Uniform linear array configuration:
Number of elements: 32
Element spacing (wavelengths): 0.75
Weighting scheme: uniform
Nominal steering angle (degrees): -15
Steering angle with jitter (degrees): -15.92
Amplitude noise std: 0.05
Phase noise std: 0.05

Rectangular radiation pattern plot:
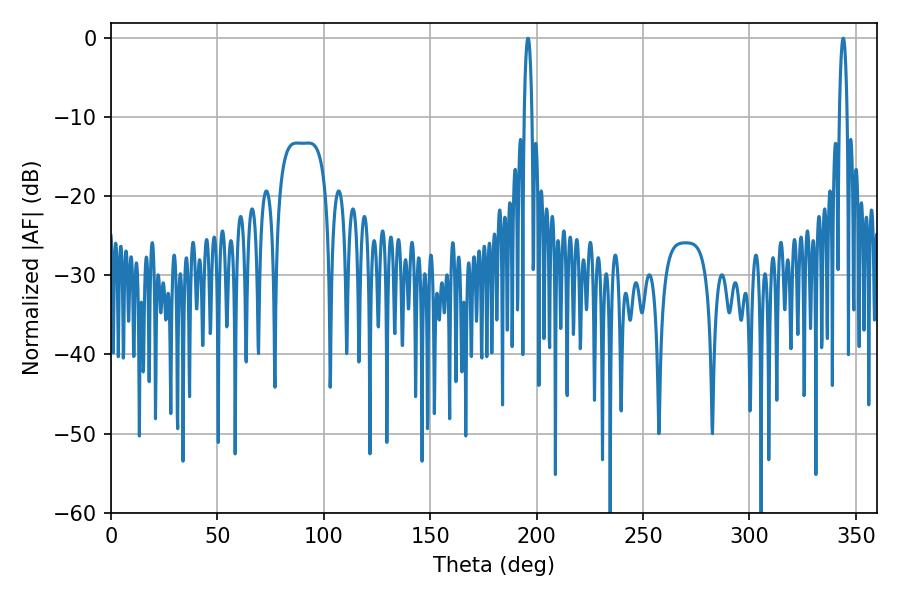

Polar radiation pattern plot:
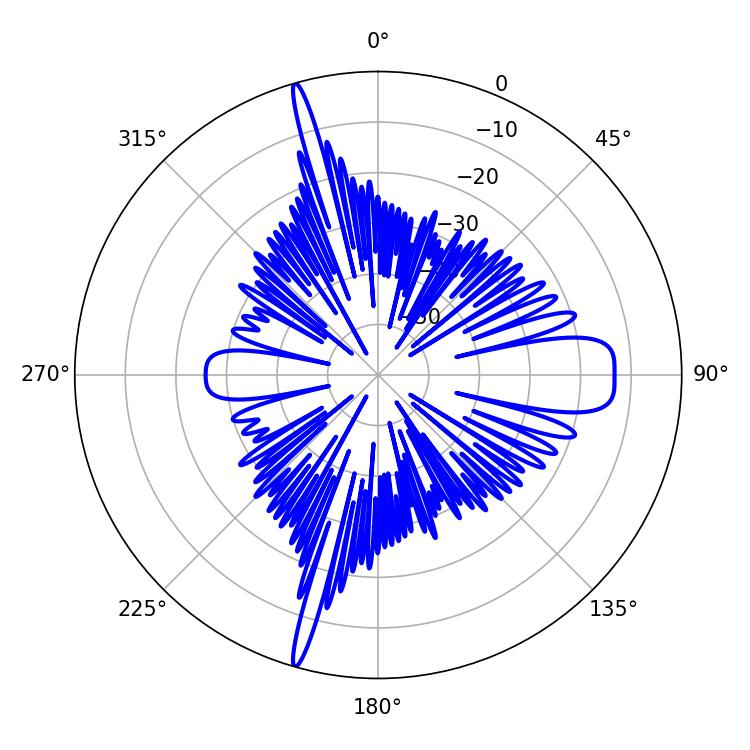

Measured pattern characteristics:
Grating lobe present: TRUE
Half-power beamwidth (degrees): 1.98
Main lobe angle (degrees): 343.98